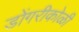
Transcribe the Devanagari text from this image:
डोंगरीकोळी